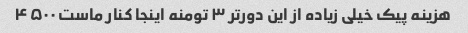
هزینه پیک خیلی زیاده از این دورتر ۳ تومنه اینجا کنار ماست ۴۵۰۰